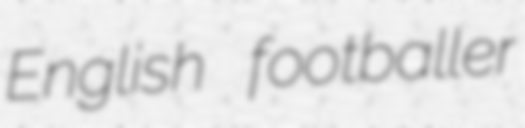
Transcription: English footballer